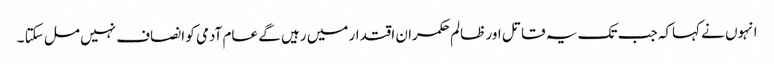
انہوں نے کہاکہ جب تک یہ قاتل اور ظالم حکمران اقتدار میں رہیں گے عام آدمی کو انصاف نہیں مل سکتا ۔